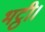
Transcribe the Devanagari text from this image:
भट्ठी।